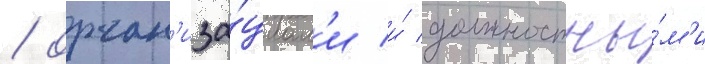
/ орган'иза́циам'и и́ должностны́м'и